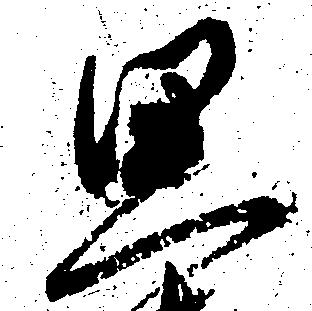
思